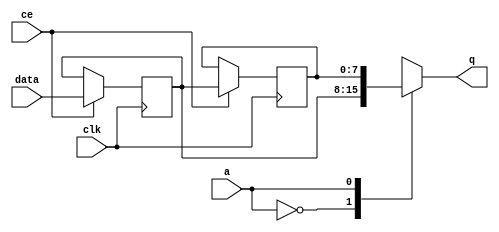
module FIFO_image_filter_gray_data_stream_0_V_shiftReg (
    clk,
    data,
    ce,
    a,
    q);

parameter DATA_WIDTH = 32'd8;
parameter ADDR_WIDTH = 32'd1;
parameter DEPTH = 32'd2;

input clk;
input [DATA_WIDTH-1:0] data;
input ce;
input [ADDR_WIDTH-1:0] a;
output [DATA_WIDTH-1:0] q;

reg[DATA_WIDTH-1:0] SRL_SIG [0:DEPTH-1];
integer i;

always @ (posedge clk)
    begin
        if (ce)
        begin
            for (i=0;i<DEPTH-1;i=i+1)
                SRL_SIG[i+1] <= SRL_SIG[i];
            SRL_SIG[0] <= data;
        end
    end

assign q = SRL_SIG[a];

endmodule